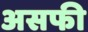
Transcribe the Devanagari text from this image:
असफी